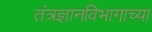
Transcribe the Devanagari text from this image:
तंत्रज्ञानविभागाच्या